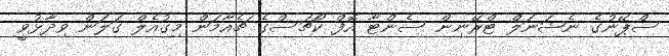
ސްޕޭނުގެ ނެޝަނަލް ޓްރޭނިން ސެންޓާ އޮފް ކޯޗަސްގެ ޗެއާމަން މިގުއެލް ގަލަން ވިދާޅުވީ